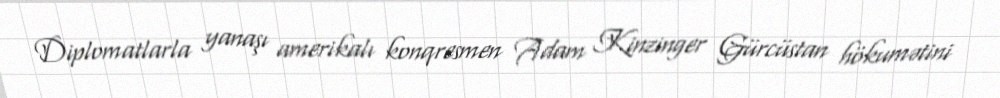
Diplomatlarla yanaşı amerikalı konqresmen Adam Kinzinger Gürcüstan hökumətini